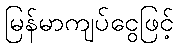
မြန်မာကျပ်ငွေဖြင့်